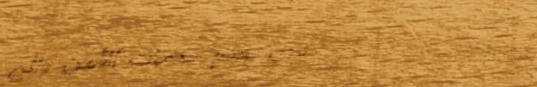
نحن نقدم خدمات الأمن والح